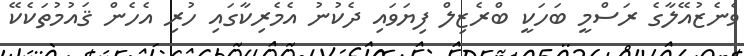
ވެނެޒުއޭލާގެ ރަސްމީ ބަހަކީ ބްރެޒިލް ފިޔަވައި ދެކުނު އެމެރިކާގައި ހުރި އެހެން ޤައުމުތަކެކޭ